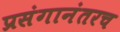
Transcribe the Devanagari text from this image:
प्रसंगानंतरच